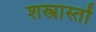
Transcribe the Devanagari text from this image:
शस्त्रास्तों